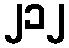
၂၁၂